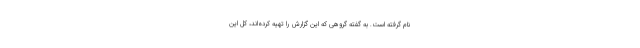
نام گرفته است. به گفته گروهی که این گزارش را تهیه کرده‌اند، کل این